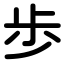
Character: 歩